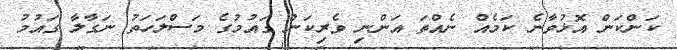
ކަންކަން އޮޅުވާނެ ކަމެއް ނެއްތަ އަންނި ވެރިކަން ގައުމުގެ މަސްލަހަތު ނަގާލާ ގައުމު